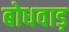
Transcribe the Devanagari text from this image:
बोधवाड़